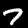
Label: 7